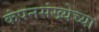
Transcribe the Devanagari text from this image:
कंपनसंख्येच्या